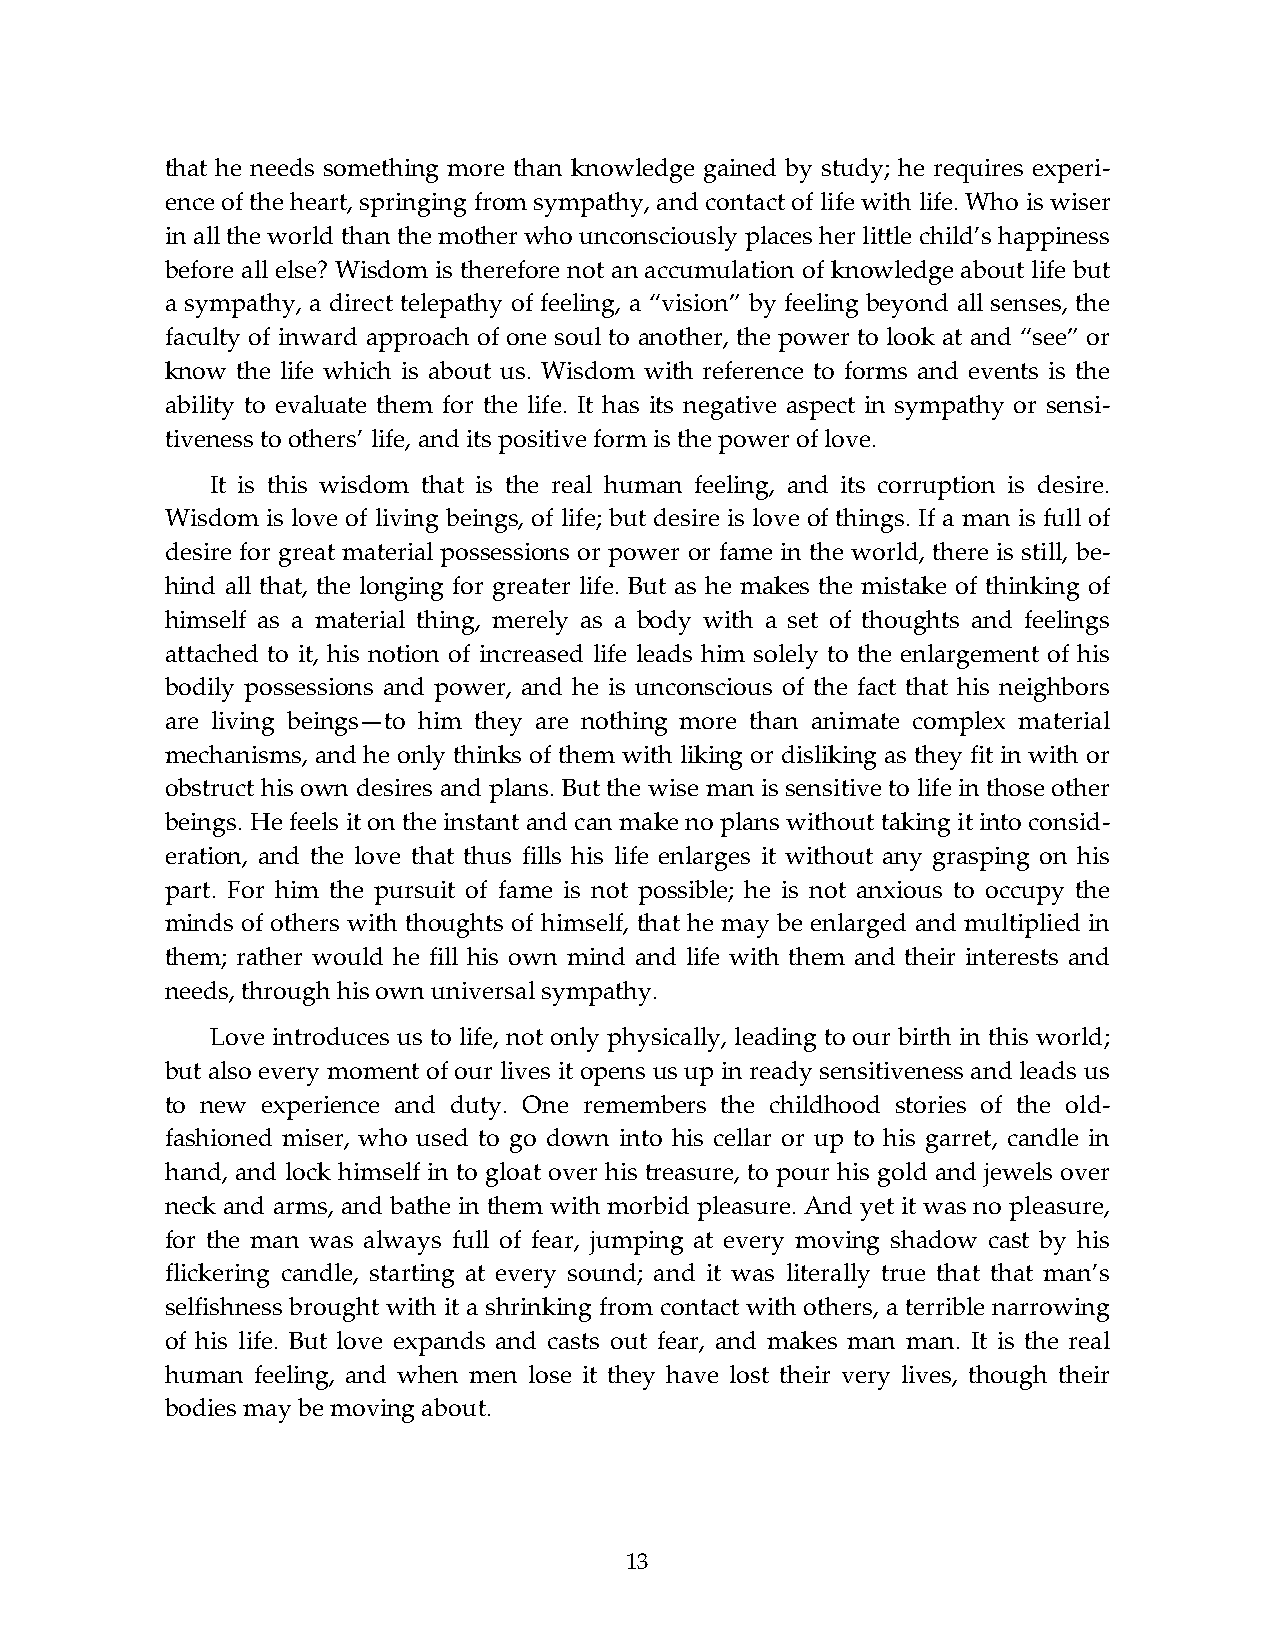
that he needs something more than knowledge gained by study; he requires experi-
 ence of the heart, springing from sympathy, and contact of life with life. Who is wiser
 in all the world than the mother who unconsciously places her little child’s happiness
 before all else? Wisdom is therefore not an accumulation of knowledge about life but
 a sympathy, a direct telepathy of feeling, a “vision” by feeling beyond all senses, the
 faculty of inward approach of one soul to another, the power to look at and “see” or
 know the life which is about us. Wisdom with reference to forms and events is the
 ability to evaluate them for the life. It has its negative aspect in sympathy or sensi-
 tiveness to others’ life, and its positive form is the power of love.
 It is this wisdom that is the real human feeling, and its corruption is desire.
 Wisdom is love of living beings, of life; but desire is love of things. If a man is full of
 desire for great material possessions or power or fame in the world, there is still, be-
 hind all that, the longing for greater life. But as he makes the mistake of thinking of
 himself as a material thing, merely as a body with a set of thoughts and feelings
 attached to it, his notion of increased life leads him solely to the enlargement of his
 bodily possessions and power, and he is unconscious of the fact that his neighbors
 are living beings—to him they are nothing more than animate complex material
 mechanisms, and he only thinks of them with liking or disliking as they fit in with or
 obstruct his own desires and plans. But the wise man is sensitive to life in those other
 beings. He feels it on the instant and can make no plans without taking it into consid-
 eration, and the love that thus fills his life enlarges it without any grasping on his
 part. For him the pursuit of fame is not possible; he is not anxious to occupy the
 minds of others with thoughts of himself, that he may be enlarged and multiplied in
 them; rather would he fill his own mind and life with them and their interests and
 needs, through his own universal sympathy.
 Love introduces us to life, not only physically, leading to our birth in this world;
 but also every moment of our lives it opens us up in ready sensitiveness and leads us
 to new experience and duty. One remembers the childhood stories of the old-
 fashioned miser, who used to go down into his cellar or up to his garret, candle in
 hand, and lock himself in to gloat over his treasure, to pour his gold and jewels over
 neck and arms, and bathe in them with morbid pleasure. And yet it was no pleasure,
 for the man was always full of fear, jumping at every moving shadow cast by his
 flickering candle, starting at every sound; and it was literally true that that man’s
 selfishness brought with it a shrinking from contact with others, a terrible narrowing
 of his life. But love expands and casts out fear, and makes man man. It is the real
 human feeling, and when men lose it they have lost their very lives, though their
 bodies may be moving about.
 13